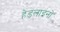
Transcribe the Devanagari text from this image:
हेडलाइनों